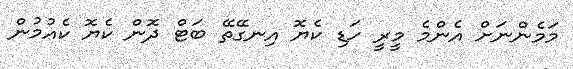
މަމެންނަށް އެންމެ މީރީ ހަޑި ކެޔޮ އިނގޭތޭ ބަޓް ދޮން ކެޔޮ ކެއުމުން